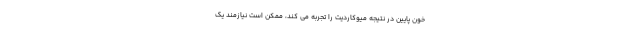
خون پایین در نتیجه میوکاردیت را تجربه می کند، ممکن است نیازمند یک